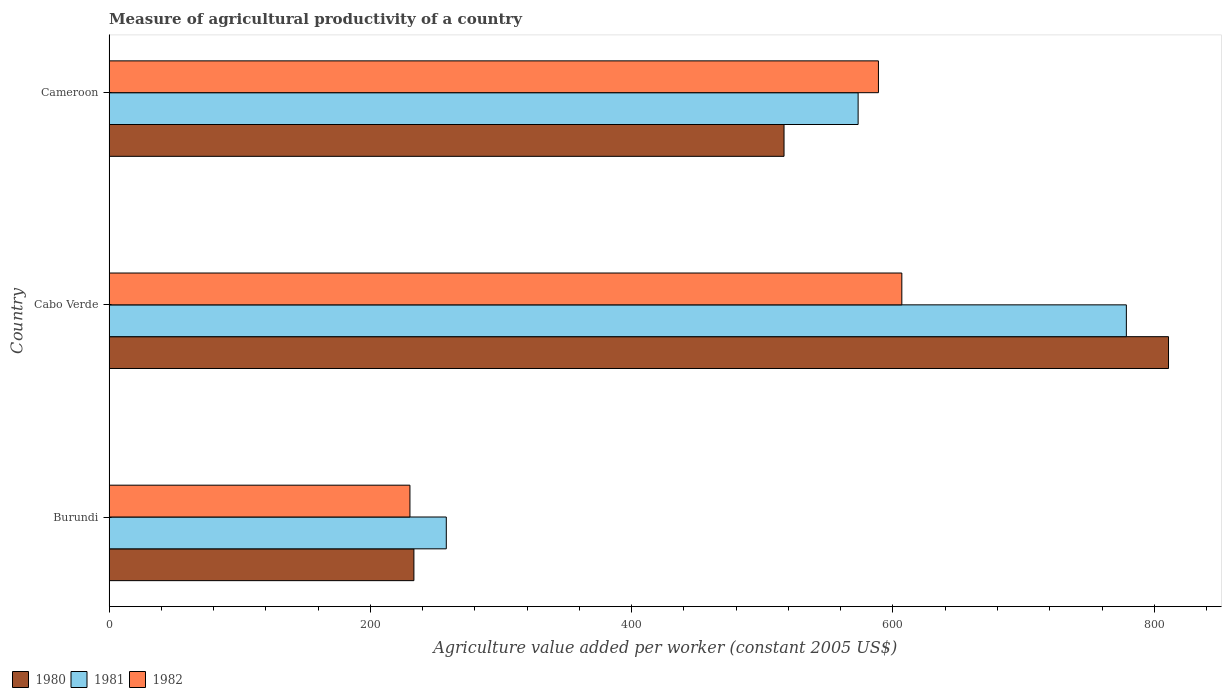
| Country | 1980 | 1981 | 1982 |
 | --- | --- | --- | --- |
 | Burundi | 233 | 258 | 230 |
 | Cabo Verde | 811 | 779 | 607 |
 | Cameroon | 517 | 573 | 589 |